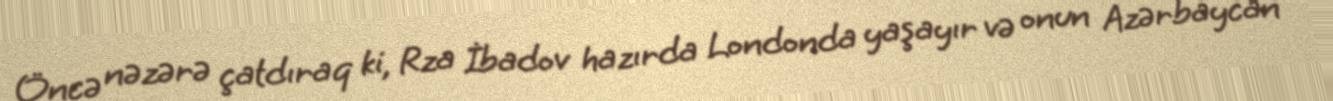
Öncə nəzərə çatdıraq ki, Rza İbadov hazırda Londonda yaşayır və onun Azərbaycan